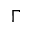
\boldsymbol { \Gamma }